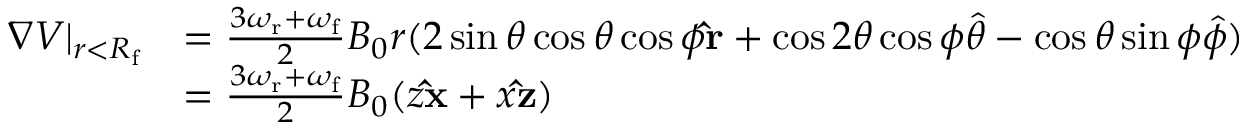
\begin{array} { r l } { \boldsymbol { \nabla } V \vert _ { r < R _ { \mathrm { f } } } } & { = \frac { 3 \omega _ { \mathrm { r } } + \omega _ { \mathrm { f } } } { 2 } B _ { 0 } r ( 2 \sin \theta \cos \theta \cos \phi \mathbf { \hat { r } } + \cos 2 \theta \cos \phi \boldsymbol { \hat { \theta } } - \cos \theta \sin \phi \boldsymbol { \hat { \phi } } ) } \\ & { = \frac { 3 \omega _ { \mathrm { r } } + \omega _ { \mathrm { f } } } { 2 } B _ { 0 } ( z \mathbf { \hat { x } } + x \mathbf { \hat { z } } ) } \end{array}